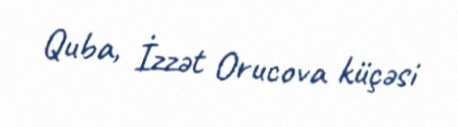
Quba, İzzət Orucova küçəsi